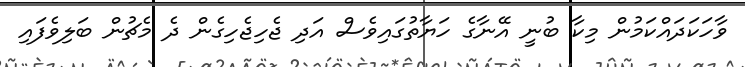
ވާހަކަދައްކަމުން މިކާ ބުނީ އޭނާގެ ހަޔާތުގައިވެސް އަދި ޖެހިޖެހިގެން ދެ މެޗުން ބަލިވެފައި